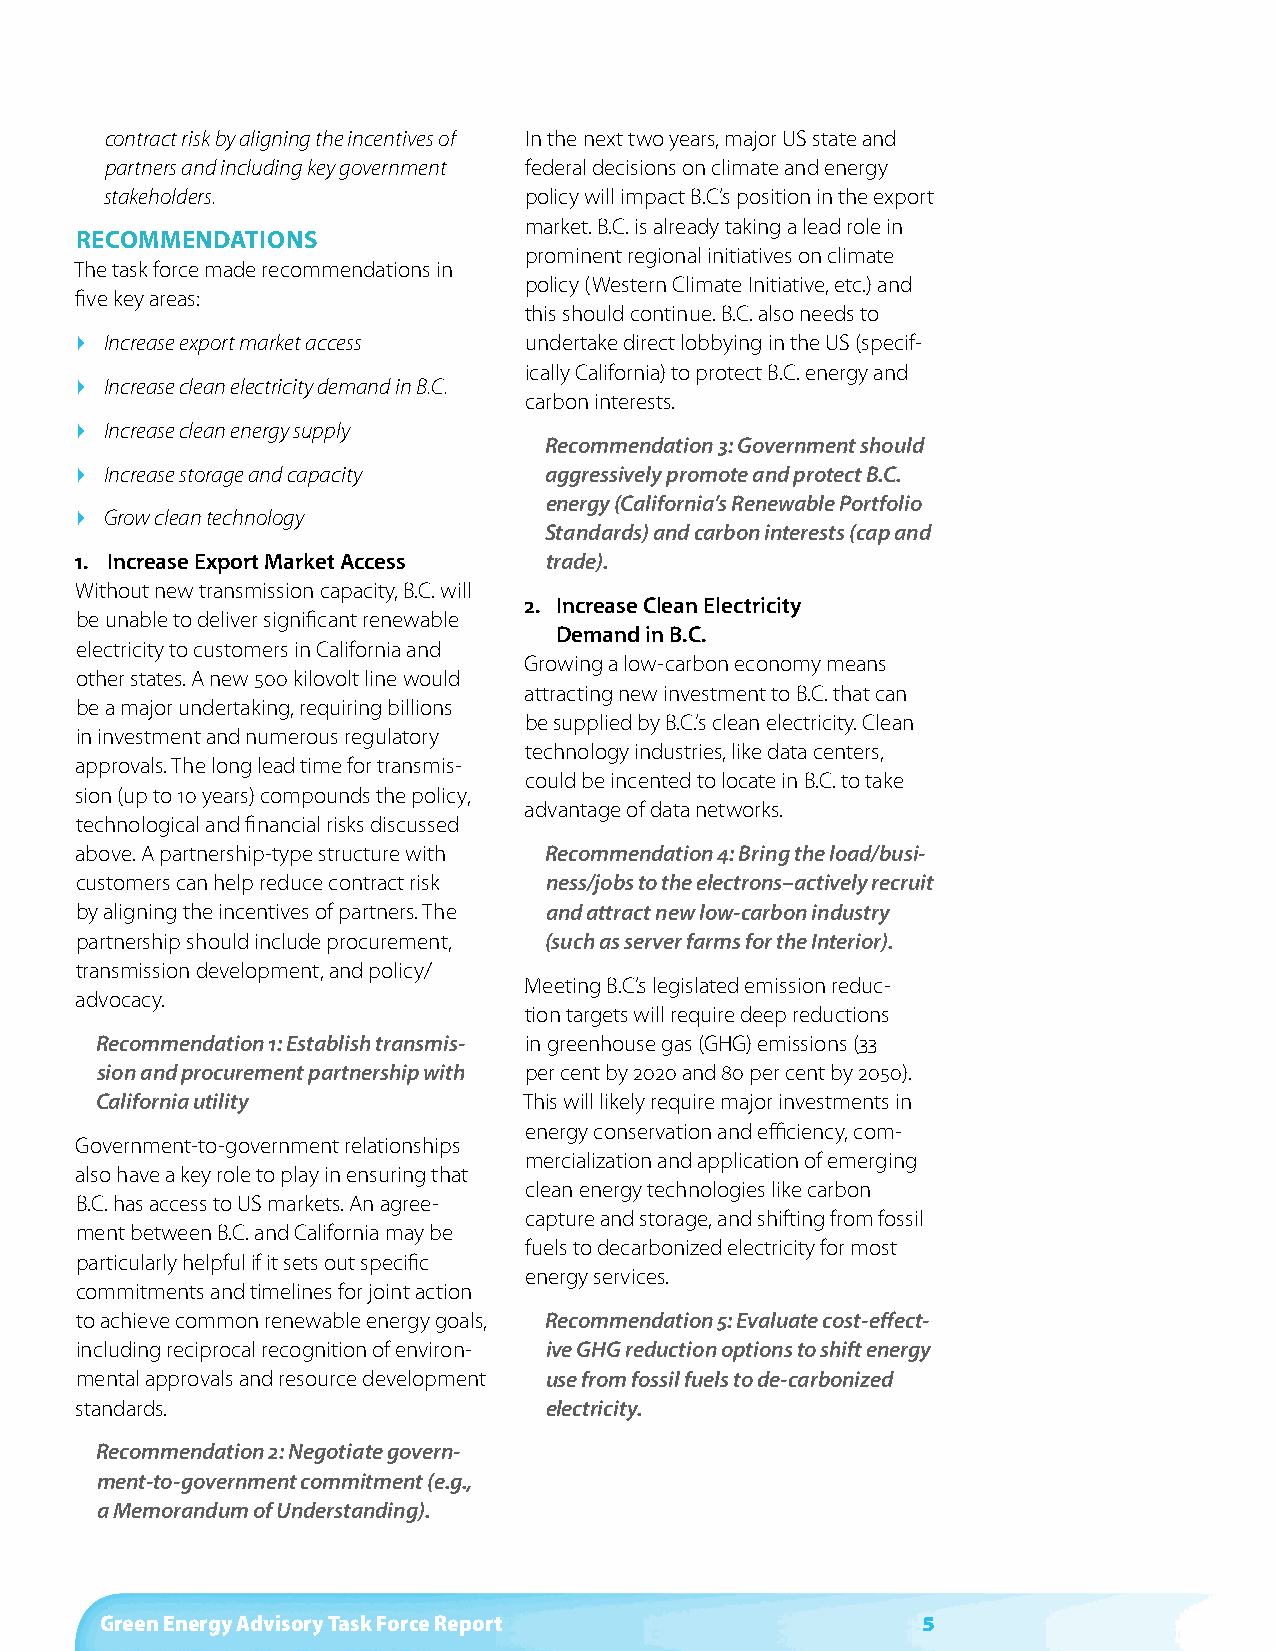
contract risk by aligning the incentives of In the next two years, major US state and
 partners and including key government federal decisions on climate and energy
 stakeholders.               policy will impact B.C.’s position in the export
 market. B.C. is already taking a lead role in
 reCoMMendations
 prominent regional initiatives on climate
 The task force made recommendations in
 policy (Western Climate Initiative, etc.) and
 five key areas:
 this should continue. B.C. also needs to
  Increase export market access undertake direct lobbying in the US (specif-
 ically California) to protect B.C. energy and
  Increase clean electricity demand in B.C.
 carbon interests.
  Increase clean energy supply
 Recommendation 3: Government should
  Increase storage and capacity aggressively promote and protect B.C.
 energy (California’s Renewable Portfolio
  Grow clean technology
 Standards) and carbon interests (cap and
 1. Increase Export Market Access trade).
 Without new transmission capacity, B.C. will
 2. Increase Clean Electricity
 be unable to deliver significant renewable
 Demand in B.C.
 electricity to customers in California and
 Growing a low-carbon economy means
 other states. A new 500 kilovolt line would
 attracting new investment to B.C. that can
 be a major undertaking, requiring billions
 be supplied by B.C.’s clean electricity. Clean
 in investment and numerous regulatory
 technology industries, like data centers,
 approvals. The long lead time for transmis-
 could be incented to locate in B.C. to take
 sion (up to 10 years) compounds the policy,
 advantage of data networks.
 technological and financial risks discussed
 above. A partnership-type structure with Recommendation 4: Bring the load/busi-
 customers can help reduce contract risk ness/jobs to the electrons–actively recruit
 by aligning the incentives of partners. The and attract new low-carbon industry
 partnership should include procurement, (such as server farms for the Interior).
 transmission development, and policy/
 Meeting B.C.’s legislated emission reduc-
 advocacy.
 tion targets will require deep reductions
 Recommendation 1: Establish transmis- in greenhouse gas (GHG) emissions (33
 sion and procurement partnership with per cent by 2020 and 80 per cent by 2050).
 California utility           This will likely require major investments in
 energy conservation and efficiency, com-
 Government-to-government relationships
 mercialization and application of emerging
 also have a key role to play in ensuring that
 clean energy technologies like carbon
 B.C. has access to US markets. An agree-
 capture and storage, and shifting from fossil
 ment between B.C. and California may be
 fuels to decarbonized electricity for most
 particularly helpful if it sets out specific
 energy services.
 commitments and timelines for joint action
 to achieve common renewable energy goals, Recommendation 5: Evaluate cost-effect-
 including reciprocal recognition of environ- ive GHG reduction options to shift energy
 mental approvals and resource development use from fossil fuels to de-carbonized
 standards.                     electricity.
 Recommendation 2: Negotiate govern-
 ment-to-government commitment (e.g.,
 a Memorandum of Understanding).
 Green Energy Advisory Task Force Report               5